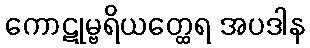
ကောဋုမ္ဗရိယတ္ထေရ အပဒါန